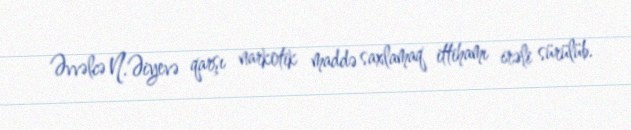
Əvvəlcə N.Əiyevə qarşı narkotik maddə saxlamaq ittihamı irəli sürülüb.